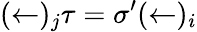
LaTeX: (\leftarrow)_{j}\tau=\sigma^{\prime}(\leftarrow)_{i}